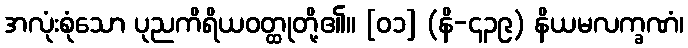
အလုံးစုံသော ပုညကိရိယဝတ္ထုတို့၏။ [၀၁] (နိ-၄၃၉) နိယမလက္ခဏံ၊